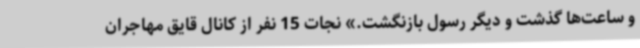
و ساعت‌ها گذشت و دیگر رسول بازنگشت.» نجات 15 نفر از کانال قایق مهاجران